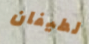
لطيفان